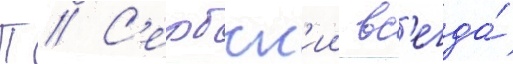
П // С'ербск'ии вс'егда́